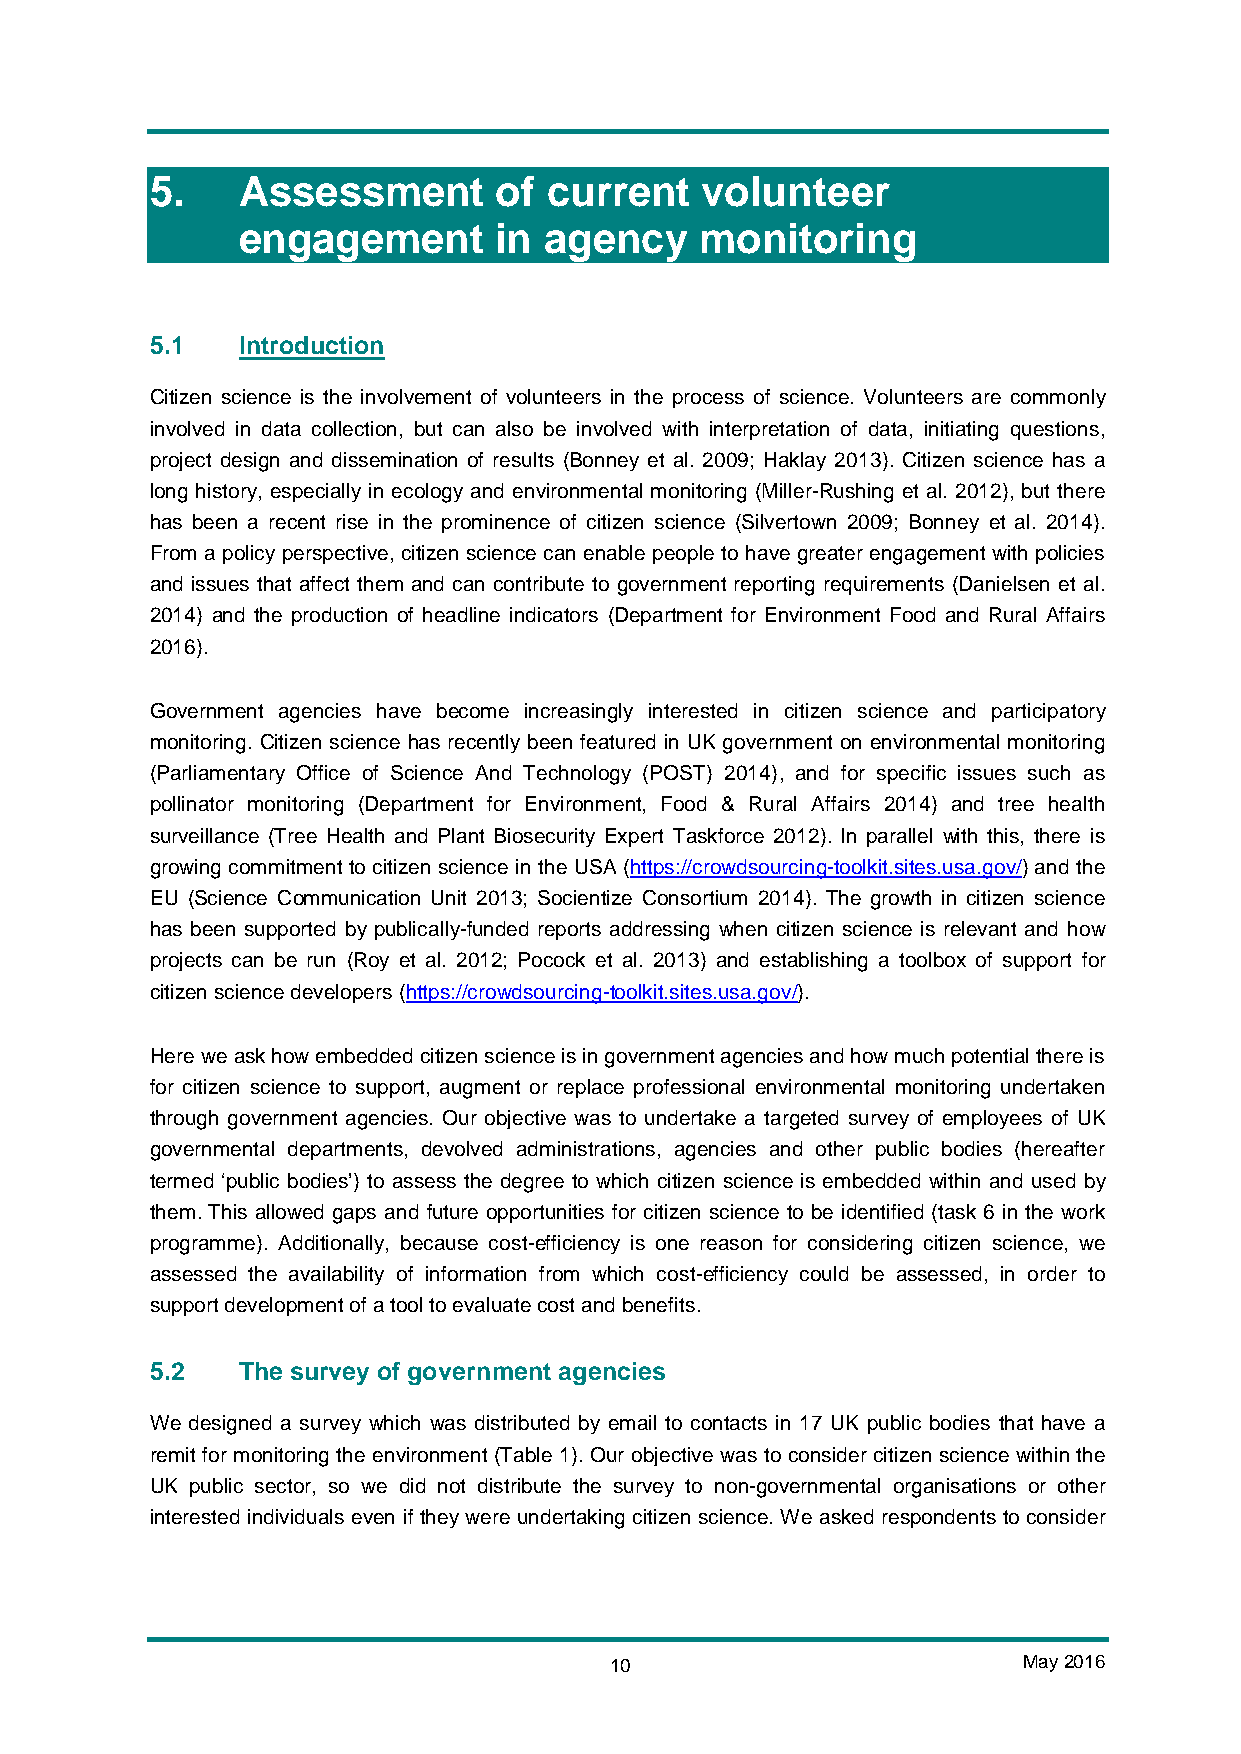
5.    Assessment       of current   volunteer
 engagement       in agency    monitoring
 5.1   Introduction
 Citizen science is the involvement of volunteers in the process of science. Volunteers are commonly
 involved in data collection, but can also be involved with interpretation of data, initiating questions,
 project design and dissemination of results (Bonney et al. 2009; Haklay 2013). Citizen science has a
 long history, especially in ecology and environmental monitoring (Miller-Rushing et al. 2012), but there
 has been a recent rise in the prominence of citizen science (Silvertown 2009; Bonney et al. 2014).
 From a policy perspective, citizen science can enable people to have greater engagement with policies
 and issues that affect them and can contribute to government reporting requirements (Danielsen et al.
 2014) and the production of headline indicators (Department for Environment Food and Rural Affairs
 2016).
 Government agencies have become increasingly interested in citizen science and participatory
 monitoring. Citizen science has recently been featured in UK government on environmental monitoring
 (Parliamentary Office of Science And Technology (POST) 2014), and for specific issues such as
 pollinator monitoring (Department for Environment, Food & Rural Affairs 2014) and tree health
 surveillance (Tree Health and Plant Biosecurity Expert Taskforce 2012). In parallel with this, there is
 growing commitment to citizen science in the USA (https://crowdsourcing-toolkit.sites.usa.gov/) and the
 EU (Science Communication Unit 2013; Socientize Consortium 2014). The growth in citizen science
 has been supported by publically-funded reports addressing when citizen science is relevant and how
 projects can be run (Roy et al. 2012; Pocock et al. 2013) and establishing a toolbox of support for
 citizen science developers (https://crowdsourcing-toolkit.sites.usa.gov/).
 Here we ask how embedded citizen science is in government agencies and how much potential there is
 for citizen science to support, augment or replace professional environmental monitoring undertaken
 through government agencies. Our objective was to undertake a targeted survey of employees of UK
 governmental departments, devolved administrations, agencies and other public bodies (hereafter
 termed ‘public bodies’) to assess the degree to which citizen science is embedded within and used by
 them. This allowed gaps and future opportunities for citizen science to be identified (task 6 in the work
 programme). Additionally, because cost-efficiency is one reason for considering citizen science, we
 assessed the availability of information from which cost-efficiency could be assessed, in order to
 support development of a tool to evaluate cost and benefits.
 5.2   The survey of government agencies
 We designed a survey which was distributed by email to contacts in 17 UK public bodies that have a
 remit for monitoring the environment (Table 1). Our objective was to consider citizen science within the
 UK public sector, so we did not distribute the survey to non-governmental organisations or other
 interested individuals even if they were undertaking citizen science. We asked respondents to consider
 10                          May 2016